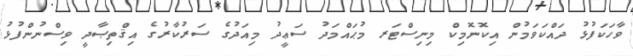
ވާހަކަފުޅު ދައްކަވަމުން އިކޮނޮމިކް މިނިސްޓަރ މުޙައްމަދު ސަޢީދު މިއަދުގެ ސަރުކާރުގެ އިޤްތިޞާދީ ވިސްނުންފުޅު